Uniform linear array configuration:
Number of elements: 12
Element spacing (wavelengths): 0.25
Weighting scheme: binomial
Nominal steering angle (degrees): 45
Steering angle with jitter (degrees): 46.442
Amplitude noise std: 0.05
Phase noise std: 0.05

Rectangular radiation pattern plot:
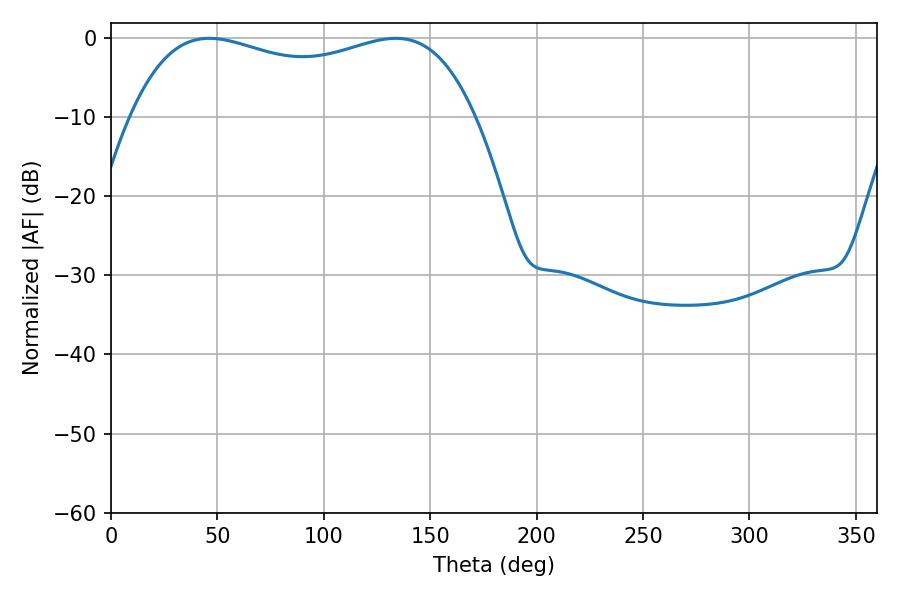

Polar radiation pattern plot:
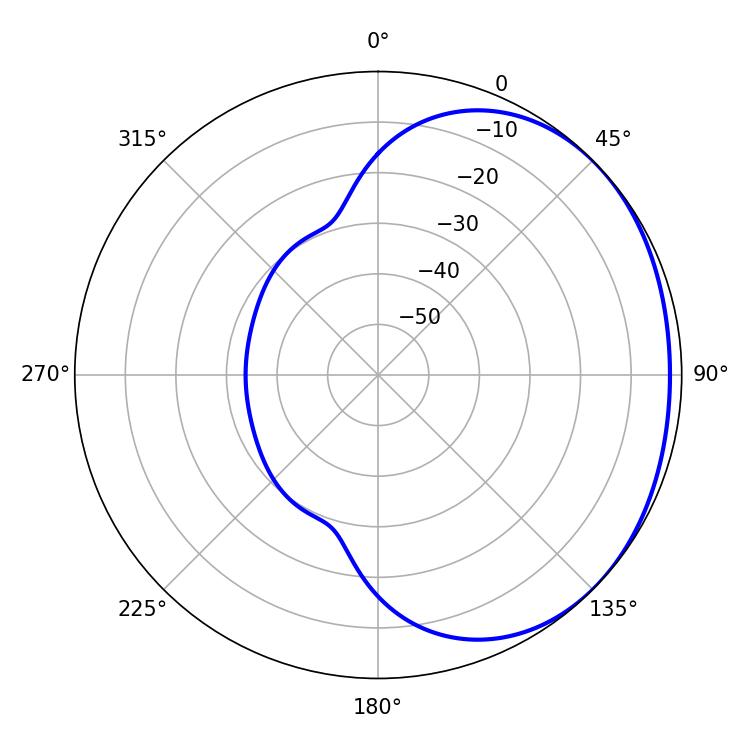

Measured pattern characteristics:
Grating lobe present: FALSE
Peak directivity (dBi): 1.344
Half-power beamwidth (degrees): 132.12
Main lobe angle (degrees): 46.08